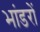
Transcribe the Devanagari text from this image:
भांडरों